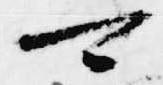
可